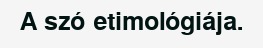
A szó etimológiája.